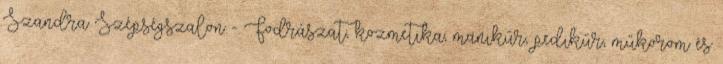
Szandra Szépségszalon - Fodrászat, kozmetika, manikűr, pedikűr, műköröm és